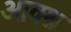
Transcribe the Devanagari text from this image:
आक्श्न